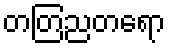
တတြညတရော